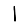
Digit: 1